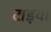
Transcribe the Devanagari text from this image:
टाइवो